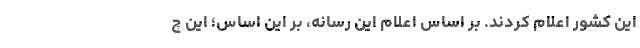
این کشور اعلام کردند. بر اساس اعلام این رسانه، بر این اساس؛ این چ